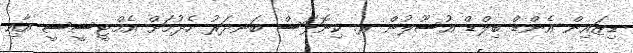
ޑިޒައިން އެންޑް ބިލްޑް އުސޫލުން ރ. ކިނޮޅަސް ބަނދަރު ހެދުމަށް އެމްޓީސީސީ އާއި